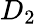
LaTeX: D_{2}